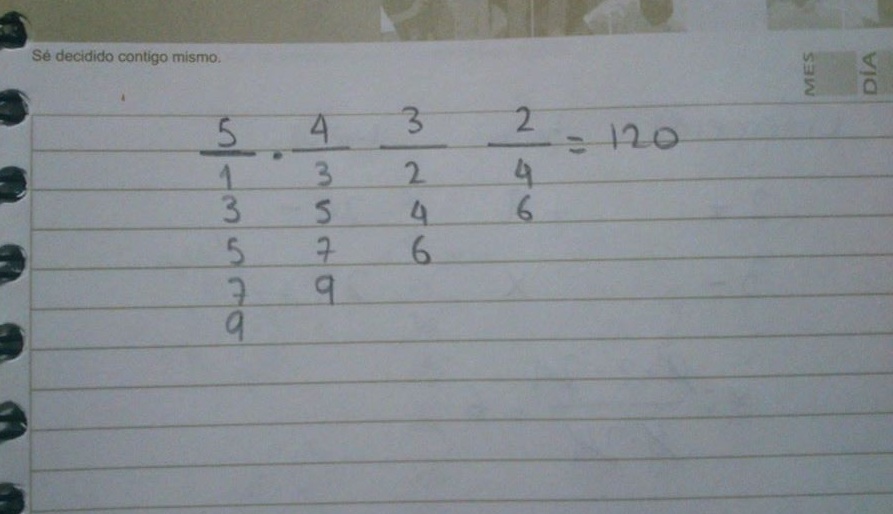
\[\frac{5}{1}\cdot\frac{4}{3}\cdot\frac{3}{2}\cdot\frac{2}{4}=120\]

\[
\begin{array}{cccc}
1 & 3 & 5 & 7 & 9 \\
3 & 5 & 7 & 9 \\
5 & 7 & 9 \\
7 & 9 \\
9
\end{array}
\]

Se decidido contigo mismo.

MES DÍA